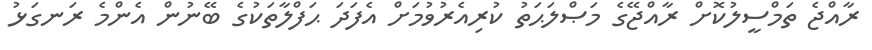
ރާއްޖެ ތަމްސީލުކޮށް ރާއްޖޭގެ މަޞްލަޙަތު ކުރިއެރުވުމަށް އެފަދަ ޙަފްލާތަކުގެ ބޭނުން އެންމެ ރަނގަޅު